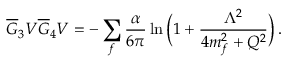
\overline { { G } } _ { 3 } V \overline { { G } } _ { 4 } V = - \sum _ { f } { \frac { \alpha } { 6 \pi } } \ln { \bigg ( 1 + { \frac { \Lambda ^ { 2 } } { 4 m _ { f } ^ { 2 } + Q ^ { 2 } } } \bigg ) } \, .